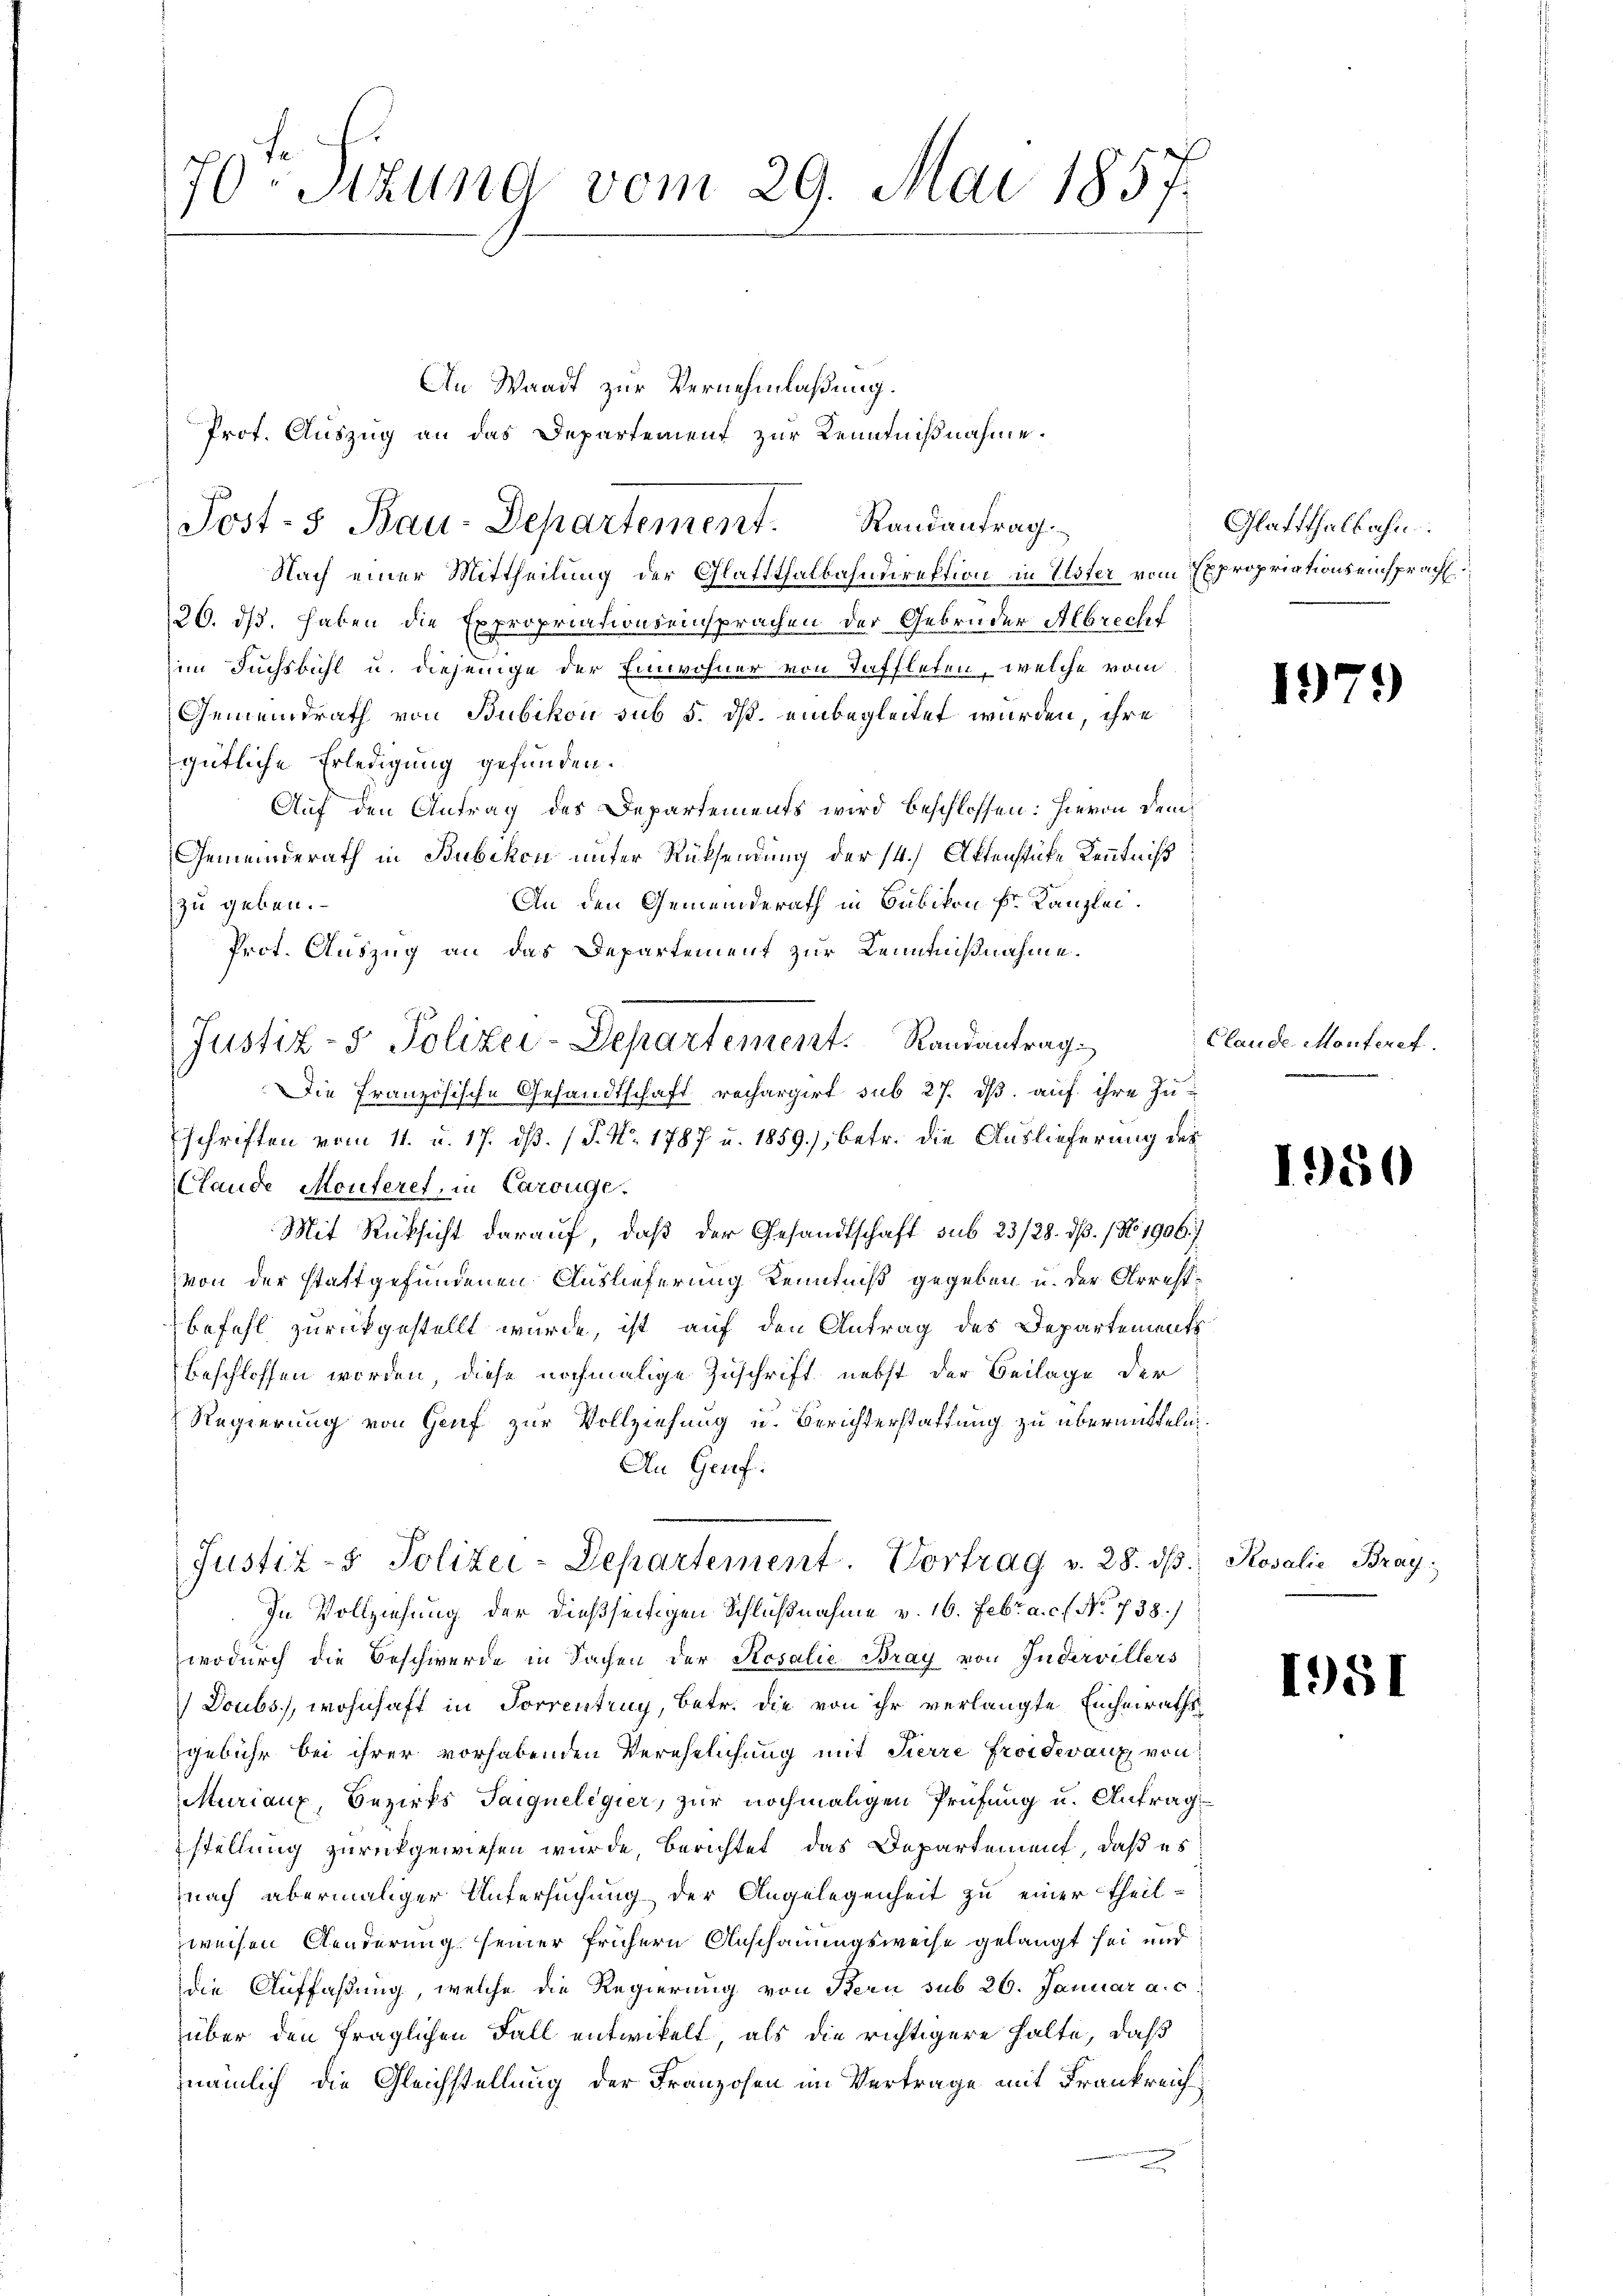
An Waadt zur Vernehmlaßung.
Prot. Auszug an das Departement zur Kenntnißnahme.
Nach einer Mittheilung der Glattthalbahndirektion in Uster vom Expropriations einsprach
26. ds. haben die Expropriationseinsprachen der Gebrüder Albrecht
im Fuchsbühl u. diejenige der Einwohner von Taffleten, welche vom
Gemeindrath von Bubikon sub 5. ds. einbegleitet wurden, ihre
gütliche Erledigung gefunden.
Auf den Antrag des Departements wird beschlossen: hievon dem
Gemeinderath in Bubikon unter Rücksendung der 14. Aktenstücke Kenntniß
An den Gemeinderath in Bubikon Fr. Kanzlei.
zu geben.
Prot. Auszug an das Departement zur Kenntnißnahme.
Die Französische Gesandtschaft rechargirt sub 27. ds. auf ihre Zu-
schriften vom 11. u. 17. ds. (T. No. 1787 u. 1859.), betr. die Auslieferung des
Clande Monteret, in Carouge.
Mit Rücksicht darauf, daß der Gesandtschaft sub 23/28. dß. / No 1906.
von der stattgefundenen Auslieferung Kenntniß gegeben u. der Arrest¬
Befehl zurückgestellt wurde, ist auf den Antrag des Departement
beschlossen worden, diese nochmalige Zuschrift nebst der Beilage der
Regierung von Genf zur Vollziehung u. Berichterstattung zu übermitteln.
An Genf.
Justiz- & Polizei-Departement. Vortrag v. 28. dβ.
In Vollziehung der dießseitigen Schlußnahme v. 16. Febr. a. c. No. 738./
wodurch die Beschwerde in Sachen der Rosalie Bray von Indervillers
Doubs., wohnhaft in Forrentrag, betr. die von ihr verlangte Einheirathsgebühr bei ihrer vorhabenden Verehelichung mit Tierre Froidevanz von
Muriaux, Bezirks Saiqueligier, zur nochmaligen Prüfung u. Antrag
stellung zurückgewiesen wurde, berichtet das Departement, daß es
nach abermaliger Untersuchung der Angelegenheit zu einer Theil-
weisen Aenderung seiner frühern Anschauungsweise gelangt sei und
die Auffaßung, welche die Regierung von Bern sub 26. Januar a.c.
über den fraglichen Fall entwickelt, als die richtigere halte, daß
nämlich die Gleichstellung der Franzosen im Vertrage mit Frankreich

70. Sitzung vom 29. Mai 1857.

Post- & Bau-Departement. Randantrag

Justiz- & Polizei-Departement. Randantrag

Glatthalbahn

197.)

Claude-Monferet.

1950

Rosalie Bray.

1951